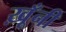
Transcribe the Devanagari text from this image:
ख़ूँनी